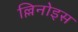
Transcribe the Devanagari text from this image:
ल्लिनोइस